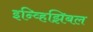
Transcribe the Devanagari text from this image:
इन्व्हिझिबल